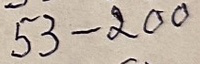
53 - 200